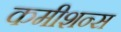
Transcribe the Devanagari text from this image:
कमीशन्स